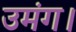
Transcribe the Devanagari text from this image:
उमंग।